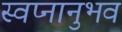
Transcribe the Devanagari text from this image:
स्वप्नानुभव